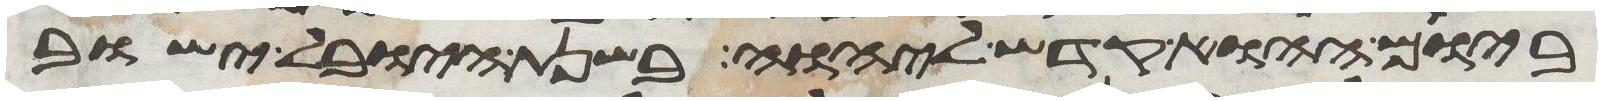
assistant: ביום ההוא קדש ליהוה בשנת היובל ישוב